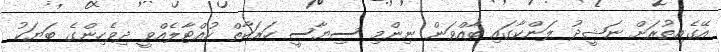
އޭގެއިތުރަށް ނަޝީދު ލަންކާގައި ބާއްވަން ނިންމި ސިޔާސީ ހަރަކާތް ހުއްޓާލެއްވީ ދިވެހިންގެ ބަޔަކު